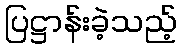
ပြဋ္ဌာန်းခဲ့သည့်